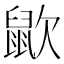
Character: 𪕆